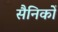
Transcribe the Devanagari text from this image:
सैनिकोँ